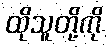
ထိုသူတို့ကို